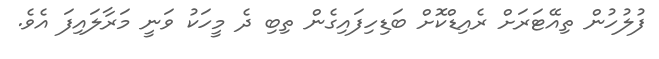
ފުލުހުން ތިއޭޓަރަށް ރެއިޑްކޮށް ބަޑިހިފައިގެން ތިބި ދެ މީހަކު ވަނީ މަރާލައިފަ އެވެ.